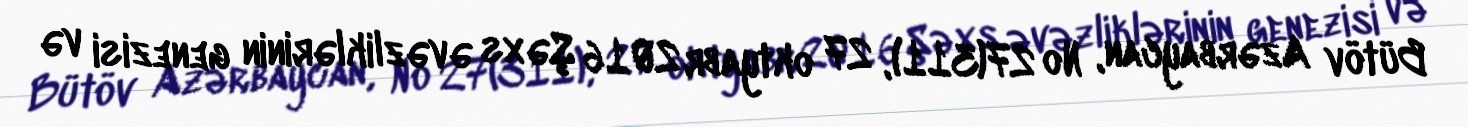
Bütöv Azərbaycan, № 27(311), 27 oktyabr 2016 Şəxs əvəzliklərinin genezisi və